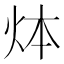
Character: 㶱